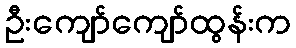
ဦးကျော်ကျော်ထွန်းက